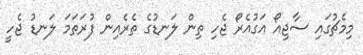
މިމެޗުގައި ސާޖިއޯ އަގުއެރޯ ޖެހި ތިން ލަނޑުގެ ތެރެއިން ފުރަތަމަ ލަނޑު ޖެހީ